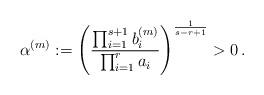
LaTeX: \begin{align*}\alpha^{(m)}:=\Biggl({\frac{\prod_{i=1}^{s+1}b_i^{(m)}}{\prod_{i=1}^ra_i}}\Biggr)^{\frac{1}{s-r+1}}>0 \,.\end{align*}